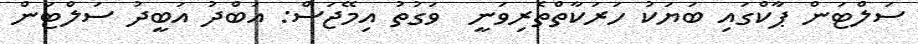
ސަލްޓަން ޕާކްގައި ބަޔަކު ހަރަކާތްތެރިވަނީ  ވަގުތު އިމޭޖަސް: އަބްދު އަބީދު ސަލްޓަން